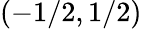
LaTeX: \left(-1/2,1/2\right)